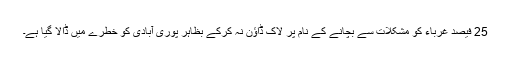
25 فیصد غرباء کو مشکلات سے بچانے کے نام پر لاک ڈاؤن نہ کرکے بظاہر پوری آبادی کو خطرے میں ڈالا گیا ہے۔